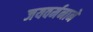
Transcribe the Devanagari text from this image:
जयवर्मनाने